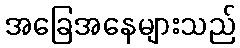
အခြေအနေများသည်